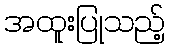
အထူးပြုသည့်